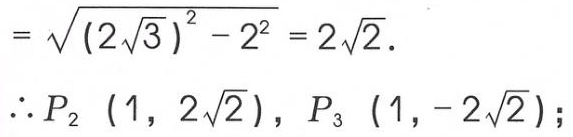
\[

=\sqrt{(2\sqrt{3})^{2}-2^{2}} = 2\sqrt{2}.

\]

\(\therefore P_{2}\ (1,2\sqrt{2}),P_{3}\ (1,-2\sqrt{2})\);